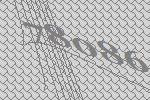
78086